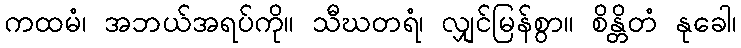
ကထမံ၊ အဘယ်အရပ်ကို။ သီဃတရံ၊ လျှင်မြန်စွာ။ စိန္တိတံ နုခေါ၊